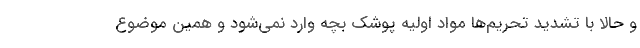
و حالا با تشدید تحریم‌ها مواد اولیه پوشک بچه وارد نمی‌شود و همین موضوع